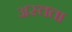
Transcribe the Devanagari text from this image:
अस्तता